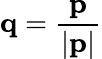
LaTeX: \textbf{q}=\frac{\textbf{p}}{|\textbf{p}|}